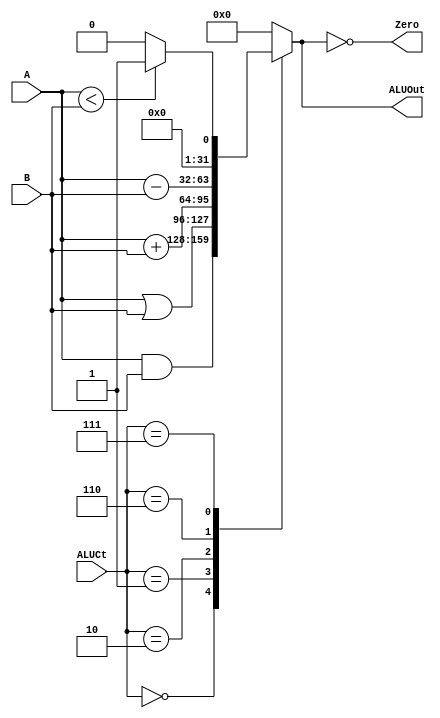
`timescale 1ns / 1ps

module ALU (ALUCt, A, B, ALUOut, Zero);

	input [2:0] ALUCt;
	input [31:0] A,B;
	
	output reg [31:0] ALUOut;
	output Zero;
	assign Zero = (ALUOut == 0);
	
	always @(ALUCt, A, B) begin
		case (ALUCt)
			3'b000: ALUOut <= A & B;             //000 and
			3'b001: ALUOut <= A | B;            //001 or
			3'b010: ALUOut <= A + B;          // 101 add
			3'b110: ALUOut <= A - B;          //110 subtract
			3'b111: ALUOut <= A < B ? 1:0;   //111 set if less that
			default: ALUOut <= 0;
		endcase
	end
endmodule